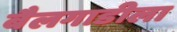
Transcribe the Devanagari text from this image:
बैलगाडीला